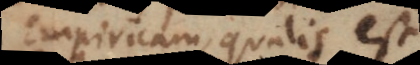
Empiricam, qualis est